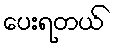
ပေးရတယ်